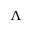
\Lambda